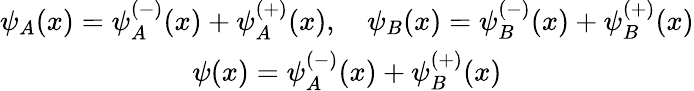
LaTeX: \begin{array}{c}{{\psi_{A}(x)=\psi_{A}^{\left(-\right)}(x)+\psi_{A}^{\left(+\right)}(x),\quad\psi_{B}(x)=\psi_{B}^{\left(-\right)}(x)+\psi_{B}^{\left(+\right)}(x)}}\\ {{\psi(x)=\psi_{A}^{\left(-\right)}(x)+\psi_{B}^{\left(+\right)}(x)}}\end{array}